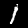
Digit: 1